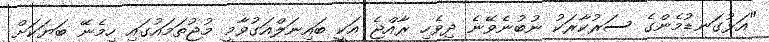
"އަޅުގަނޑުމެންގެ ސަރުކާރަކު ނުބުނެވޭނެ ދިވެހި ރާއްޖެ އަކީ ބައިނަލްއަގުވާމީ މުޖުތަމައުގައި ހިމެނޭ ބަޔަކަށް